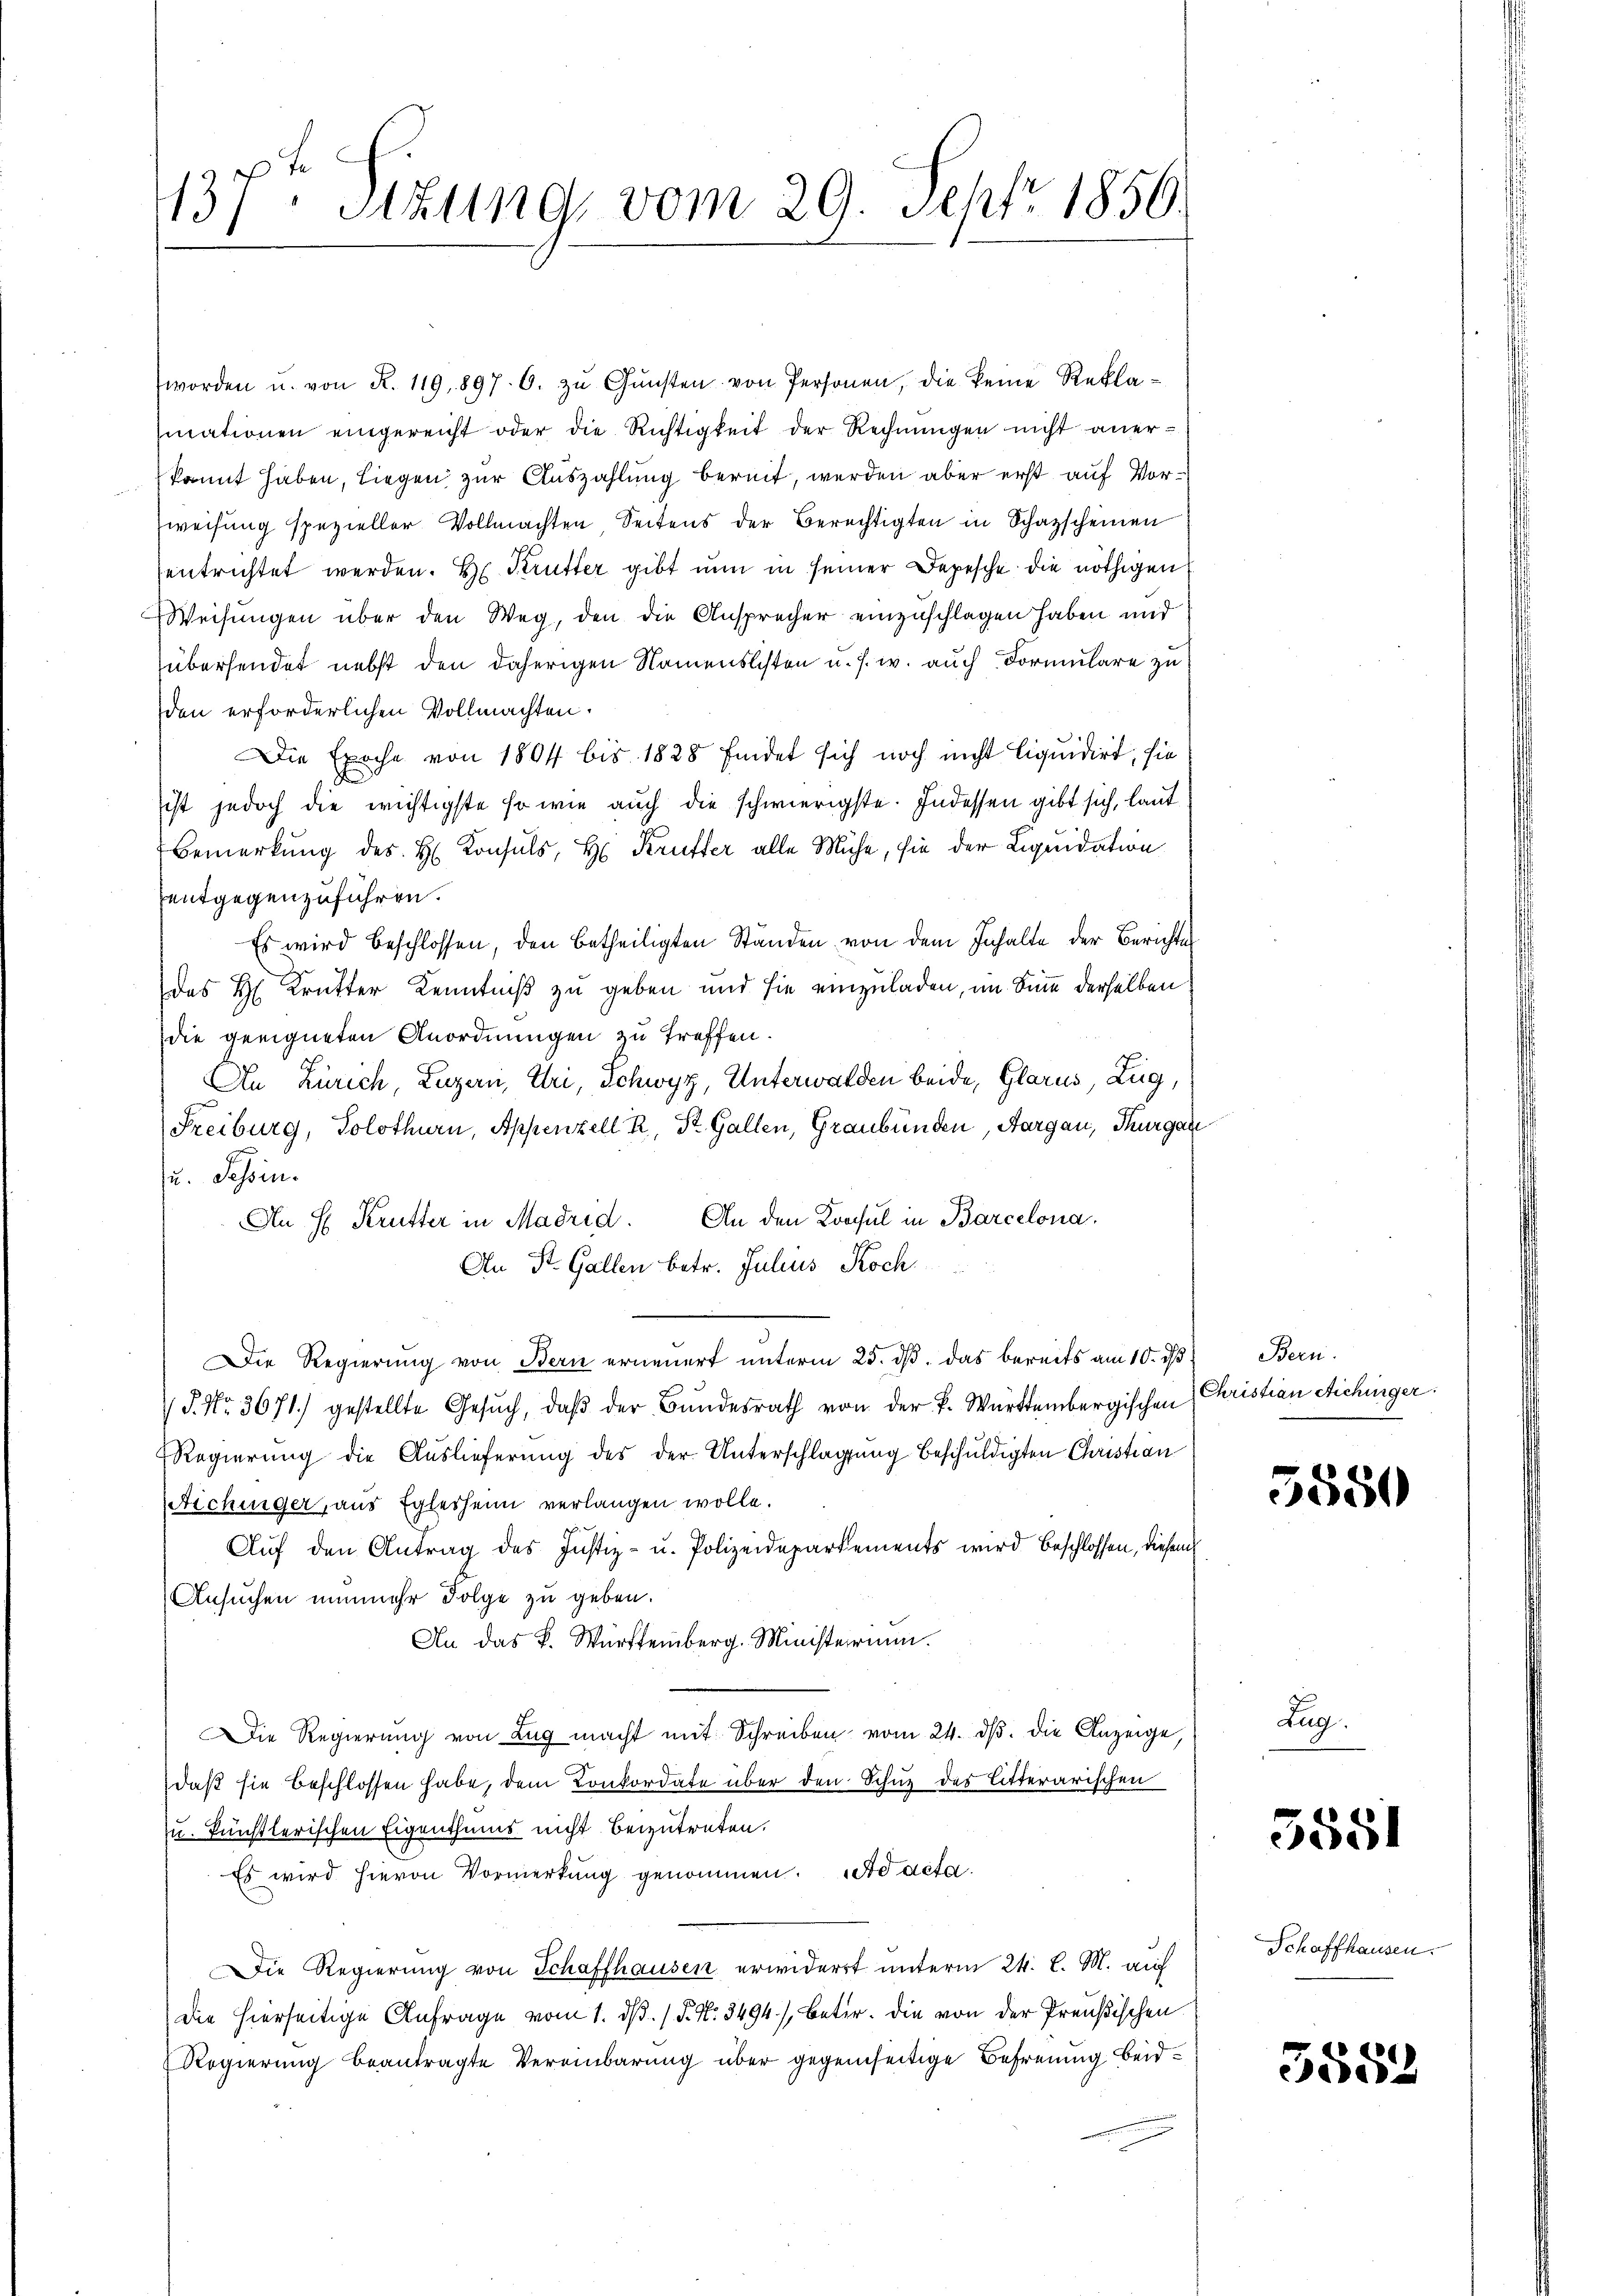
137. Sitzung, vom 29. Sept. 1856.

worden u. von R. 119. 897. 6. zŭ Gŭnsten von Personen, die keine Reklamationen eingereicht oder die Richtigkeit der Rechnungen nicht anerkannt haben, liegen zur Auszahlung bereit, werden aber erst auf Vor¬
Zweisung spezieller Vollmachten, Seitens der Berechtigten in Schazscheinen
entrichtet werden. Hr. Krutter gibt nun in seiner Depesche die nöthigen
Weisungen über den Weg, den die Ansprecher einzuschlagen haben und
übersendet nebst den daherigen Namenslisten u. s. w. auch Formulare zu
den erforderlichen Vollmachten.
Die Epoche von 1804 bis 1828 findet sich noch nicht liquidirt, sie
sist jedoch die wichtigste so wie auch die schwierigste. Indessen gibt sich, laut
Bemerkung des H. Konsuls, H. Kruffer alle Mühe, sie der Liquidation
entgegenzuführen.
Es wird beschlossen, den betheiligten Ständen von dem Inhalte der Berichtes
des H. Krutter Kenntniß zu geben und sie einzuladen, im Sinne derselben
die geeigneten Anordnungen zu treffen.
An Zürich, Luzern, Uri, Schwyz, Unterwalden beide, Glarus, Zug,
Freiburg, Solothurn, Appenzell R. St. Gallen, Graubünden, Aargau, Thurgaue
u. Tessin.
An H Krutter in Madrid. An den Konsul in Barcelona
An St. Gallen betr. Julius Koch
Die Regierung von Bern erneuert unterm 25. dβ das bereits am 10. d. Bern
S. Nr. 3671.) gestellte Gesŭch, daβ der Bŭndesrath von der F. Württembergischen
Regierung die Auslieferung des der Unterschlagung beschuldigten Christian
Aichinger, aus Eglesheim verlangen wolle.
Auf den Antrag des Justiz- u. Polizeidepartements wird beschlossen, diesem
Ansuchen nunmehr Folge zu geben.
An das K. Württemberg. Ministerin.
Die Regierung von Lug macht mit Schreiben vom 24. ds. die Anzeige,
daß sie beschlossen habe, dem Konkordate über den Schuz des litterarischen
u. künstlerischen Eigenthums nicht beizutreten.
Es wird hievon Vormerkung genommen. ad acta.
Die Regierung von Schaffhausen erwiderrt unterm 24. d. M. auf
die hierseitige Anfrage vom 1. ds. / P. N. 3494), betr. die von der Preußischen
Regierung beantragte Vereinbarung über gegenseitige Befreunig beid¬

Christian Stichinger

850

Zug

3581

Schaffhausen.

3552